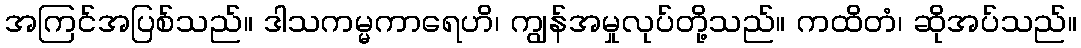
အကြင်အပြစ်သည်။ ဒါသကမ္မကာရေဟိ၊ ကျွန်အမှုလုပ်တို့သည်။ ကထိတံ၊ ဆိုအပ်သည်။